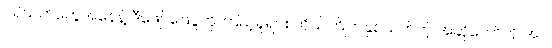
ပရိသတ်တွေအနေနဲ့ ဒီဖျော်ဖြေပွဲကို ကြည့်ရှုရင်း ကိုယ်ကြိုက်နှစ်သက်တဲ့ အဆိုတော်ကို အပ